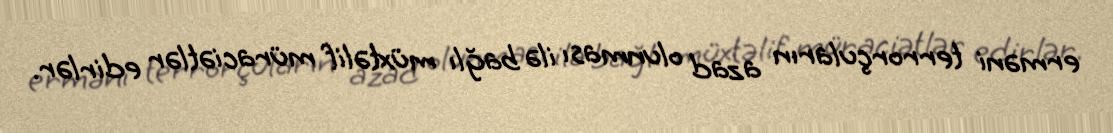
erməni terrorçuların azad olunması ilə bağlı müxtəlif müraciətlər edirlər.